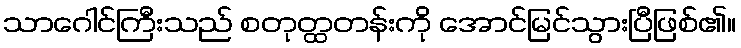
သာဂေါင်ကြီးသည် စတုတ္ထတန်းကို အောင်မြင်သွားပြီဖြစ်၏။